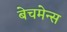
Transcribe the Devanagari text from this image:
बेचमेन्स